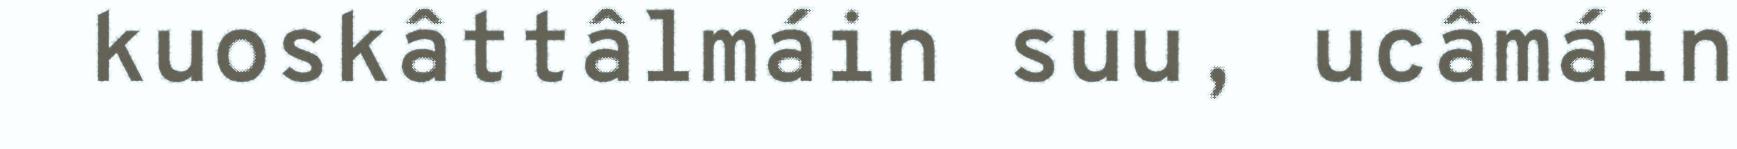
kuoskâttâlmáin suu, ucâmáin